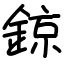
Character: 鍄